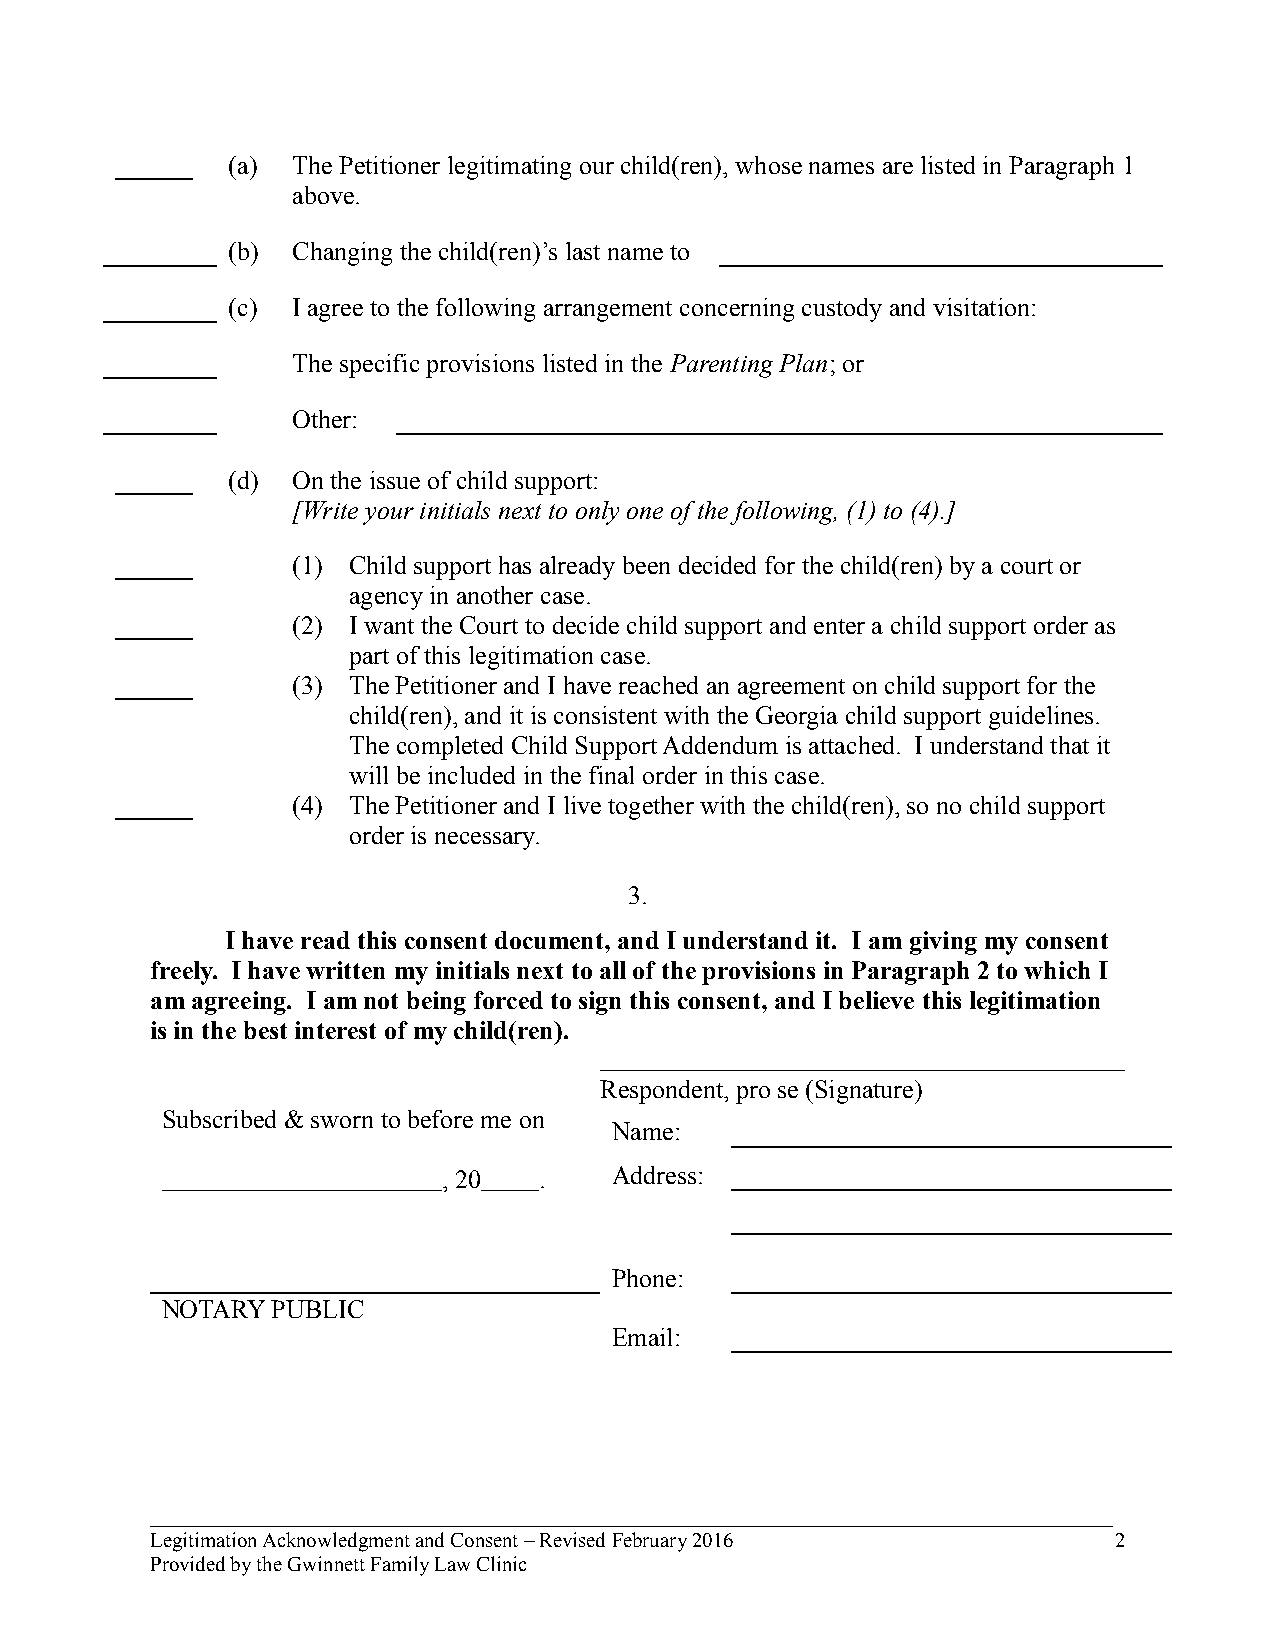
______ (a) The Petitioner legitimating our child(ren), whose names are listed in Paragraph 1
 above.
 (b) Changing the child(ren)’s last name to
 (c) I agree to the following arrangement concerning custody and visitation:
 The specific provisions listed in the Parenting Plan; or
 Other:
 ______ (d) On the issue of child support:
 [Write your initials next to only one of the following, (1) to (4).]
 ______     (1) Child support has already been decided for the child(ren) by a court or
 agency in another case.
 ______     (2) I want the Court to decide child support and enter a child support order as
 part of this legitimation case.
 ______     (3) The Petitioner and I have reached an agreement on child support for the
 child(ren), and it is consistent with the Georgia child support guidelines.
 The completed Child Support Addendum is attached. I understand that it
 will be included in the final order in this case.
 ______     (4) The Petitioner and I live together with the child(ren), so no child support
 order is necessary.
 3.
 I have read this consent document, and I understand it. I am giving my consent
 freely. I have written my initials next to all of the provisions in Paragraph 2 to which I
 am agreeing. I am not being forced to sign this consent, and I believe this legitimation
 is in the best interest of my child(ren).
 Respondent, pro se (Signature)
 Subscribed & sworn to before me on
 Name:
 , 20   .   Address:
 Phone:
 NOTARY PUBLIC
 Email:
 _____________________________________________________________________________
 Legitimation Acknowledgment and Consent – Revised February 2016 2
 Provided by the Gwinnett Family Law Clinic